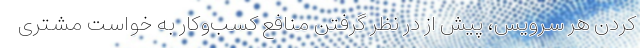
کردن هر سرویس، پیش از در نظر گرفتن منافع کسب‌وکار به خواست مشتری